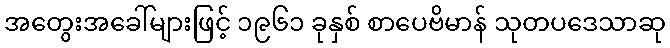
အတွေးအခေါ်များဖြင့် ၁၉၆၁ ခုနှစ် စာပေဗိမာန် သုတပဒေသာဆု